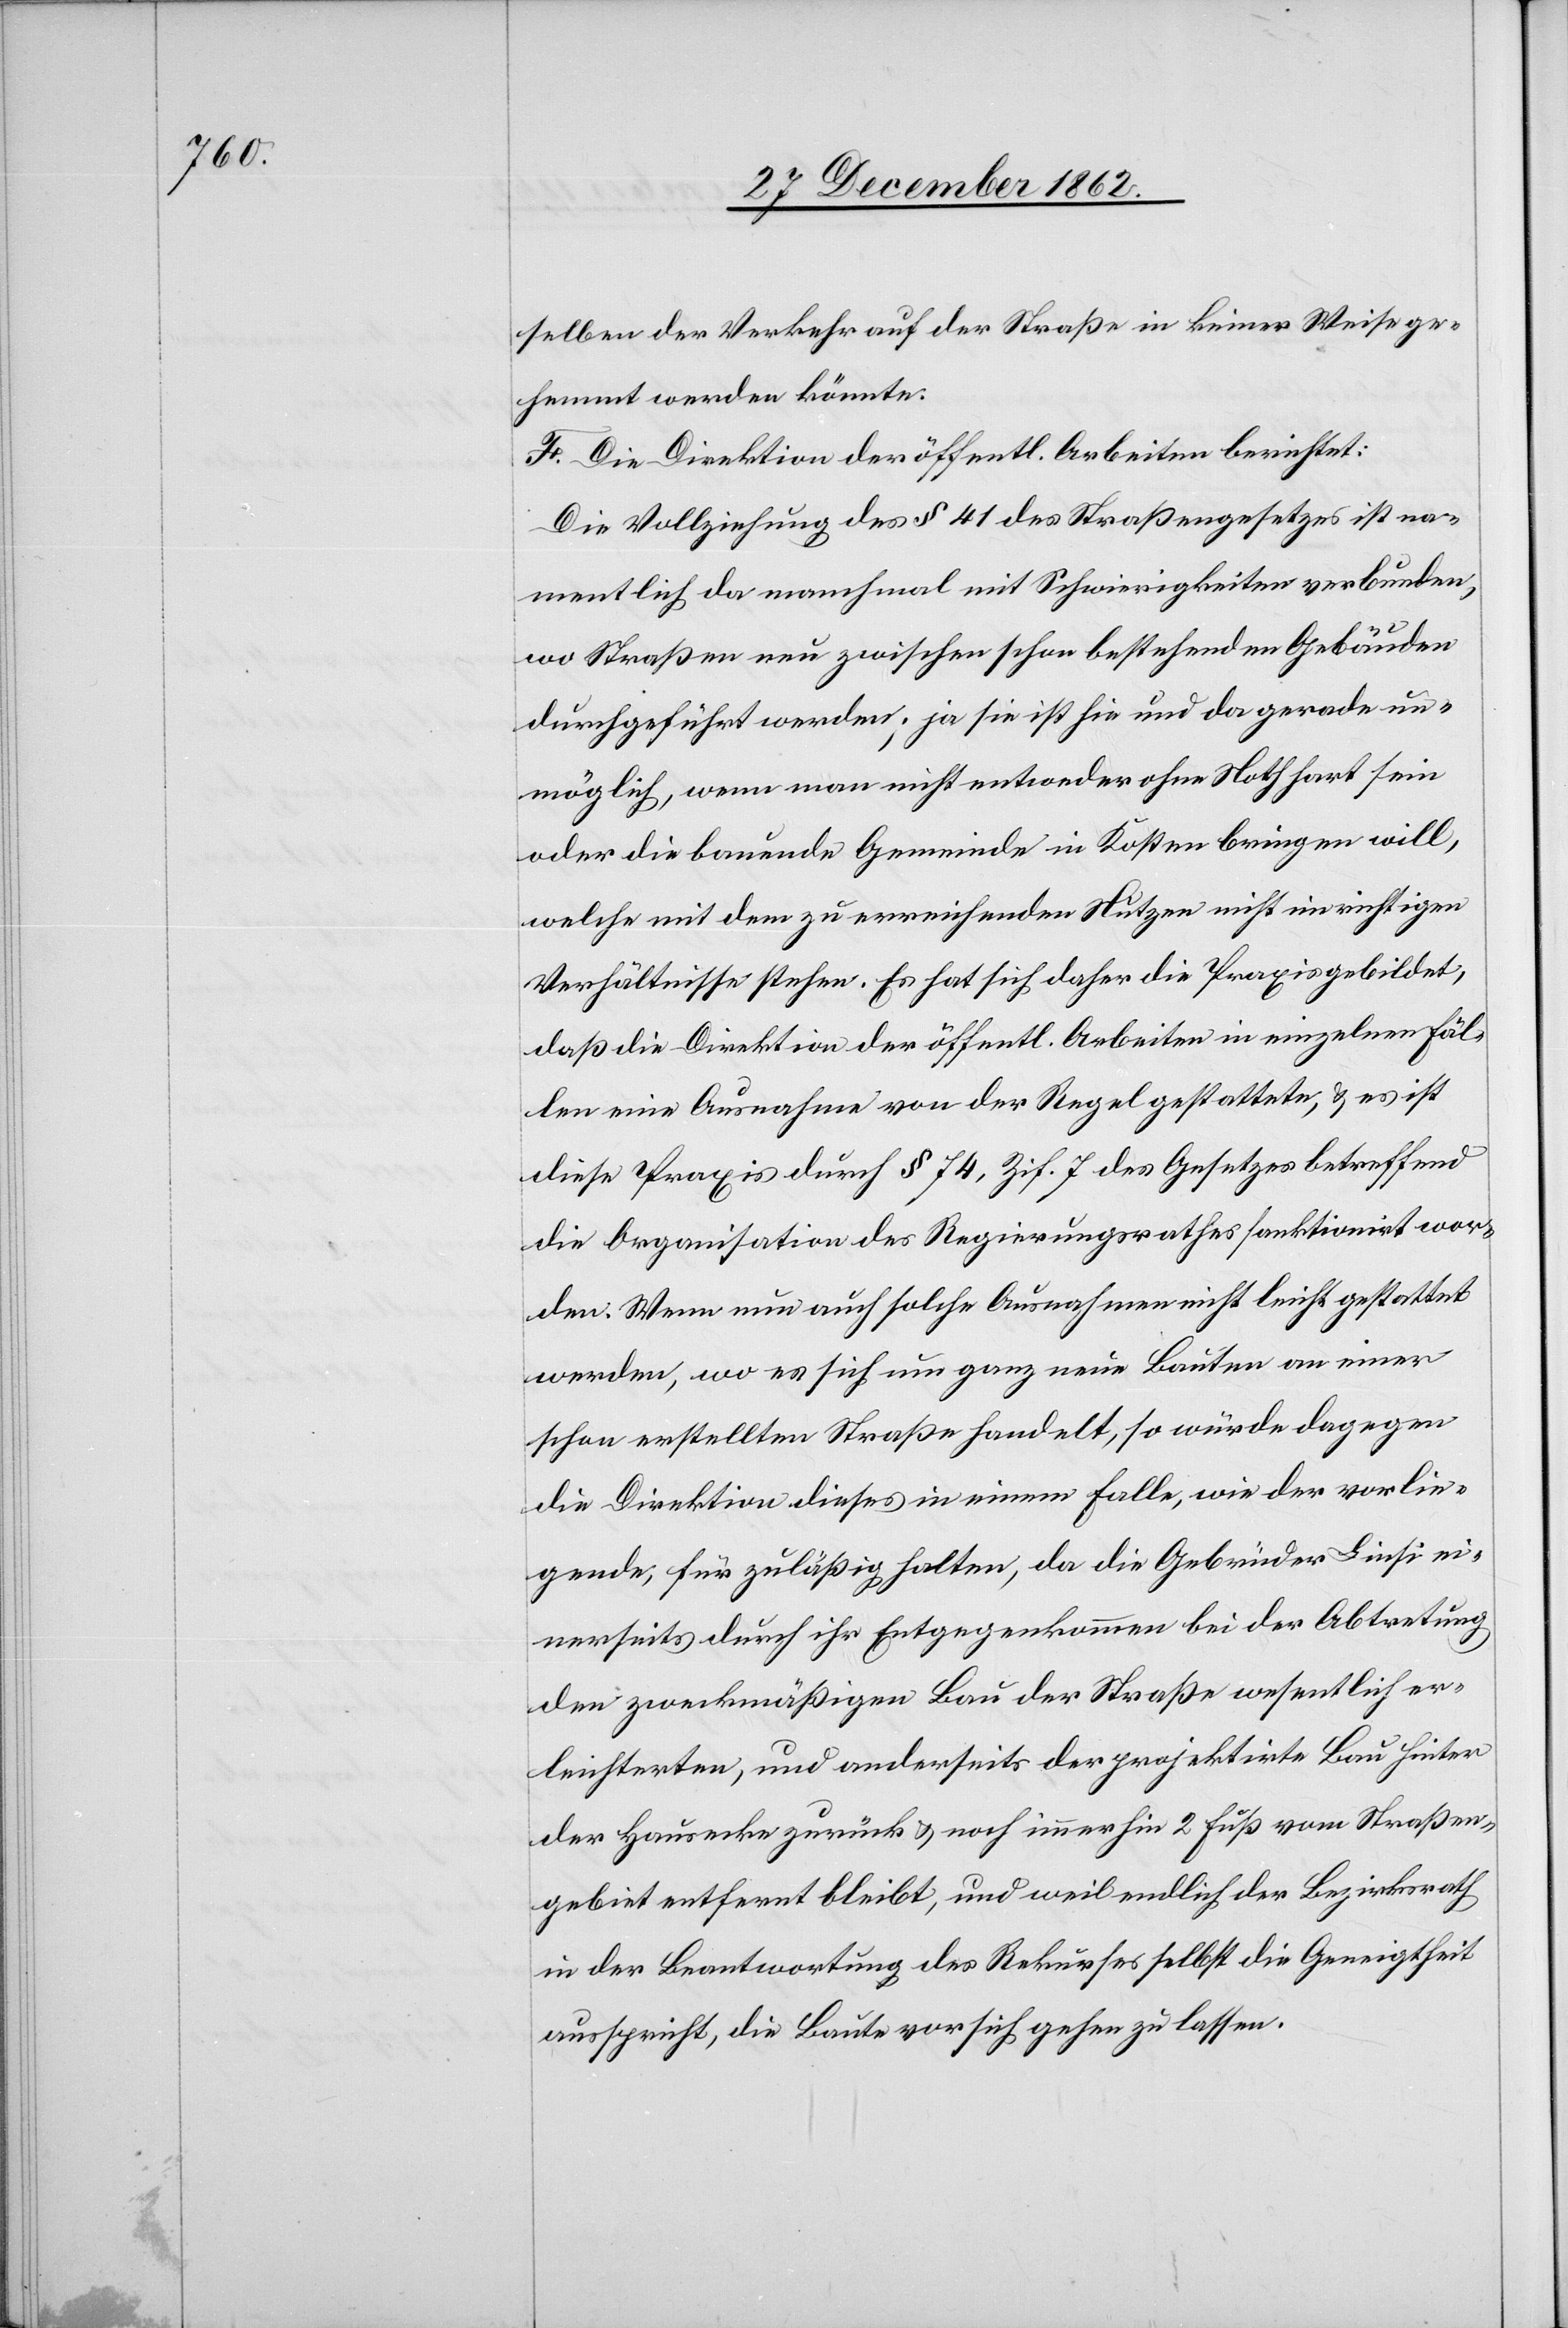
so
selben der Verkehr auf der Straße in keiner Weise ge¬
hemmt werden könnte.
F. Die Direktion der öffentl. Arbeiten berichtet:
Die Vollziehung des § 41 des Straßengesetzes ist na¬
mentlich da manchmal mit Schwierigkeiten verbunden,
wo Straßen neu zwischen schon bestehenden Gebäuden
durchgeführt werden; ja sie ist hie und da gerade un¬
möglich, wenn man nicht entweder ohne Noth hart sein
oder die bauende Gemeinde in Kosten bringen will,
welche mit dem zu erreichenden Nutzen nicht im richtigen
Verhältnisse stehen. Es hat sich daher die Praxis gebildet,
daß die Direktion der öffentl. Arbeiten in einzelnen Fäl¬
len eine Ausnahme von der Regel gestattete, u. es ist
diese Praxis durch § 74, Zif. 7 des Gesetzes betreffend
die Organisation des Regierungsrathes sanktionirt wor¬
den. Wenn nun auch solche um ganz neue Bauten an einer schon erstellten
die Direktion dieses in einem Falle, wie der vorlie¬
gende, für zuläßig halten, da die Gebrüder Linsi ei¬
nerseits durch ihr Entgegenkommen bei der Abtretung
den zweckmäßigen Bau der Straße wesentlich er¬
leichterten, und anderseits der projektirte Bau hinter
der Hausecke zurück u. noch immerhin 2 Fuß vom Straßen¬
gebiet entfernt bleibt, und weil endlich der Bezirksrath
in der Beantwortung des Rekurses selbst die Geneigtheit
ausspricht, die Baute vor sich gehen zu lassen.